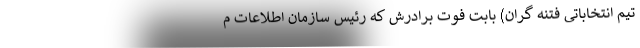
تیم انتخاباتی فتنه گران) بابت فوت برادرش که رئیس سازمان اطلاعات م